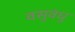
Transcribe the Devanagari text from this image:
वसुवंधु